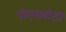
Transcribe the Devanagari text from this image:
पीएसबीटी